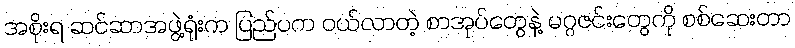
အစိုးရ ဆင်ဆာအဖွဲ့ရုံးက ပြည်ပက ဝယ်လာတဲ့ စာအုပ်တွေနဲ့ မဂ္ဂဇင်းတွေကို စစ်ဆေးတာ